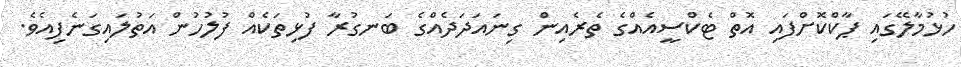
ހުޅުމާލޭގައި ޕާކްކޮށްފައި އޮތް ޓެކްސީއެއްގެ ތެރެއިން ގިނައަދަދެއްގެ ބަނގުރާ ފުޅިތަކެއް ފުލުހުން އަތުލައިގަނެފިއެވެ.